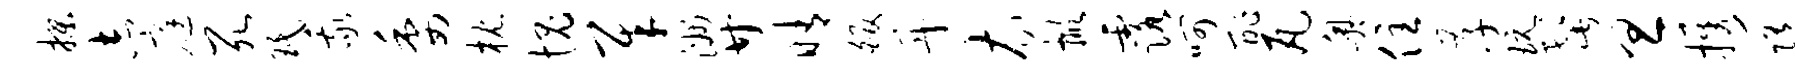
揲志庭死珉我委枕愧犀洲廿晴皈丹衣掀露呵酢瓦奥住孝玩髭旦携随